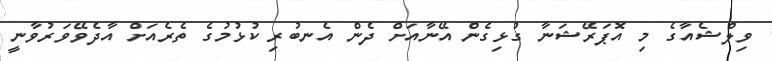
ވިލްޝެއާގެ މި އޮޕަރޭޝަނާ ގުޅިގެން އޭނާއަށް ދެން އެނބުރި ކުޅުމުގެ ތެރެއަށް އާދެވޭވަރުވާނީ